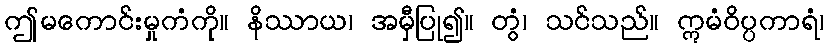
ဤမကောင်းမှုကံကို။ နိဿာယ၊ အမှီပြု၍။ တွံ၊ သင်သည်။ ဣမံဝိပ္ပကာရံ၊